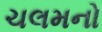
ચલમનો